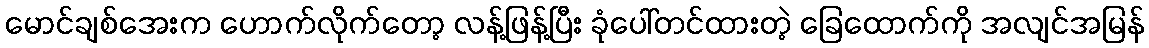
မောင်ချစ်အေးက ဟောက်လိုက်တော့ လန့်ဖြန့်ပြီး ခုံပေါ်တင်ထားတဲ့ ခြေထောက်ကို အလျင်အမြန်